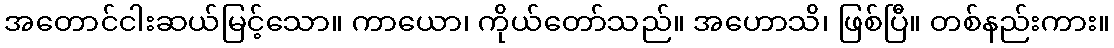
အတောင်ငါးဆယ်မြင့်သော။ ကာယော၊ ကိုယ်တော်သည်။ အဟောသိ၊ ဖြစ်ပြီ။ တစ်နည်းကား။